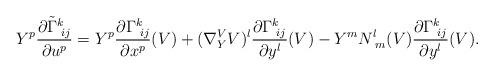
LaTeX: \begin{align*} Y^p \frac{\partial\tilde{\Gamma}_{\,\,ij}^k}{\partial u^p} =Y^p \frac{\partial\Gamma_{\,\,ij}^k}{\partial x^p}(V)+ (\nabla^V_YV)^l\frac{\partial\Gamma_{\,\,ij}^k}{\partial y^l}(V) -Y^mN^l_{\,\,m}(V)\frac{\partial\Gamma_{\,\,ij}^k}{\partial y^l}(V). \end{align*}